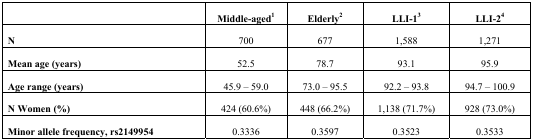
<table><thead><tr><td></td><td><b>Middle-aged<sup>1</sup></b></td><td><b>Elderly<sup>2</sup></b></td><td><b>LLI-1<sup>3</sup></b></td><td><b>LLI-2<sup>4</sup></b></td></tr></thead><tbody><tr><td><b>N</b></td><td>700</td><td>677</td><td>1,588</td><td>1,271</td></tr><tr><td><b>Mean age (years)</b></td><td>52.5</td><td>78.7</td><td>93.1</td><td>95.9</td></tr><tr><td><b>Age range (years)</b></td><td>45.9 – 59.0</td><td>73.0 – 95.5</td><td>92.2 – 93.8</td><td>94.7 – 100.9</td></tr><tr><td><b>N Women (%)</b></td><td>424 (60.6%)</td><td>448 (66.2%)</td><td>1,138 (71.7%)</td><td>928 (73.0%)</td></tr><tr><td><b>Minor allele frequency, rs2149954</b></td><td>0.3336</td><td>0.3597</td><td>0.3523</td><td>0.3533</td></tr></tbody></table>